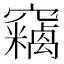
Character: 𱷞